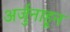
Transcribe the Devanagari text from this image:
अर्जुनाहून